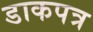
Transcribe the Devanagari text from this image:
डाकपत्र